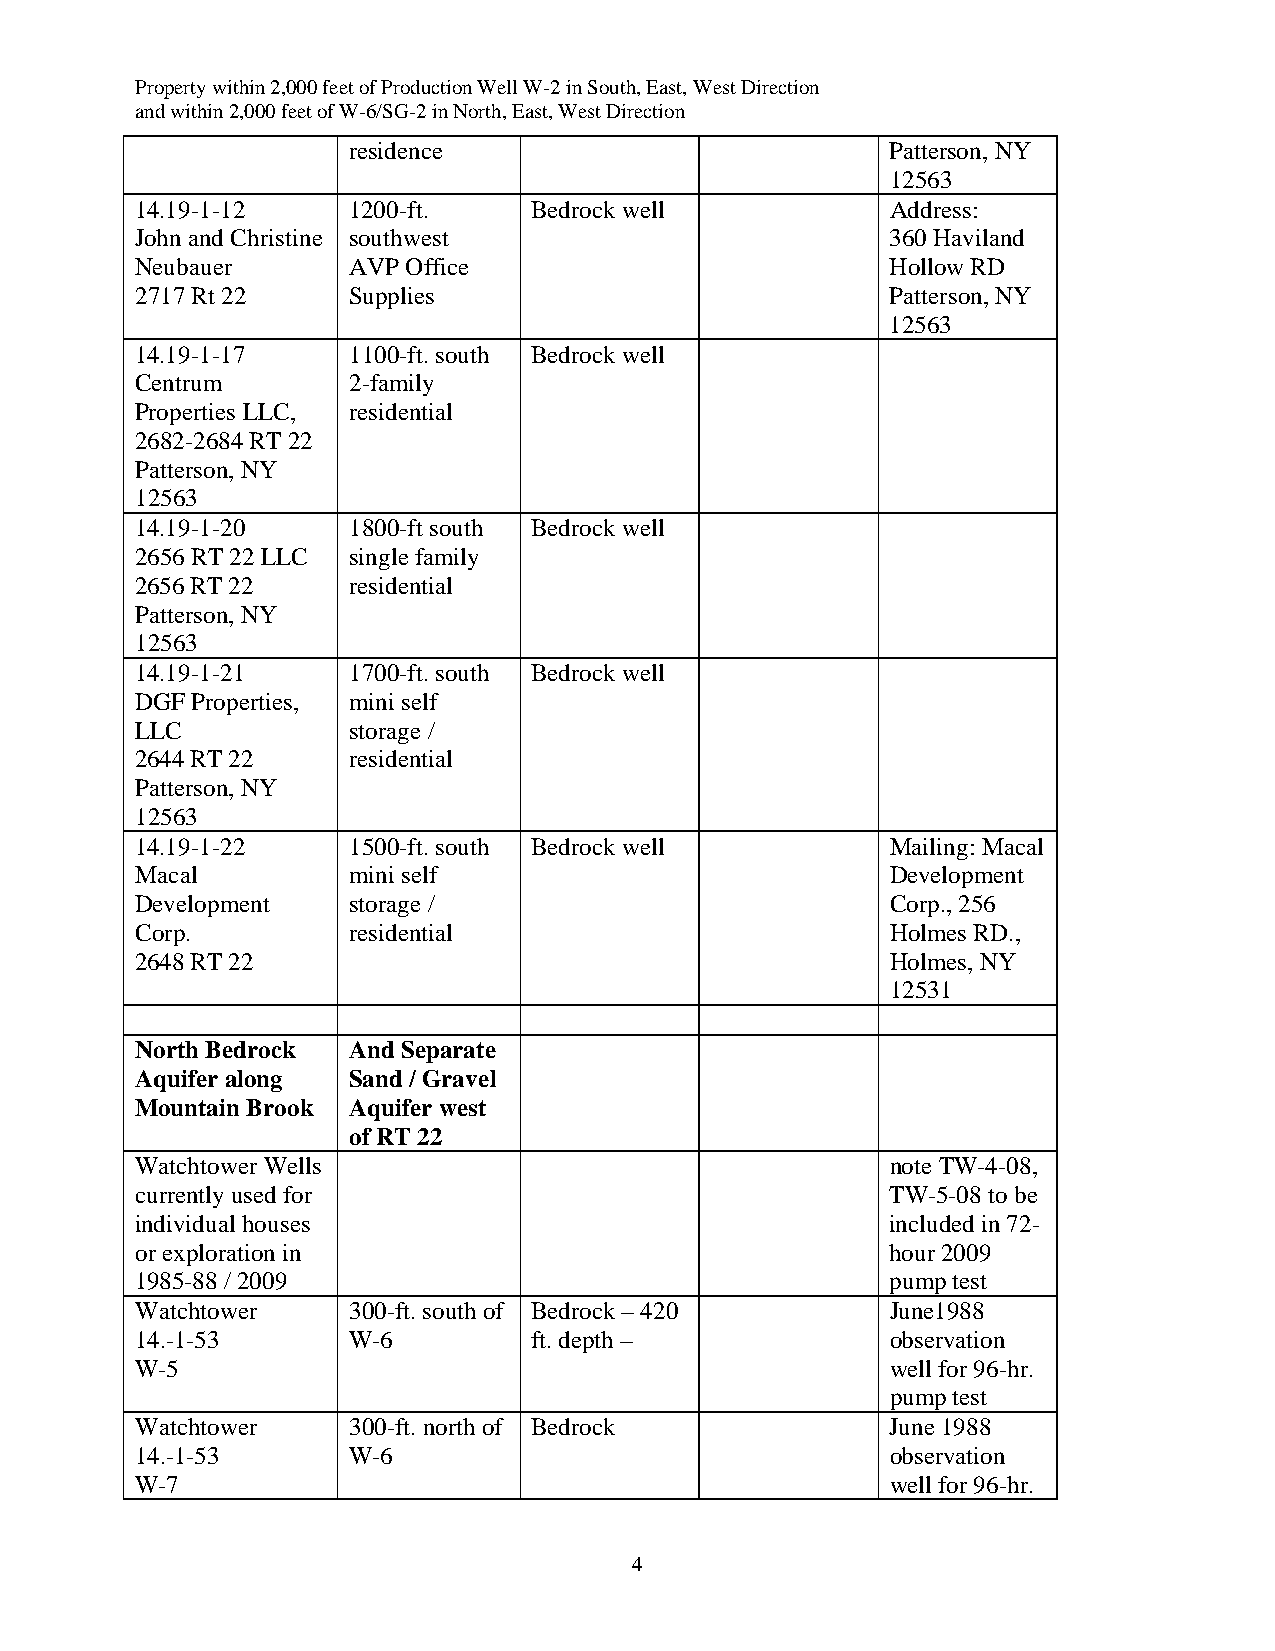
Property within 2,000 feet of Production Well W-2 in South, East, West Direction
 and within 2,000 feet of W-6/SG-2 in North, East, West Direction
 residence                           Patterson, NY
 12563
 14.19-1-12    1200-ft.    Bedrock well            Address:
 John and Christine southwest                      360 Haviland
 Neubauer      AVP Office                          Hollow RD
 2717 Rt 22    Supplies                            Patterson, NY
 12563
 14.19-1-17    1100-ft. south Bedrock well
 Centrum       2-family
 Properties LLC, residential
 2682-2684 RT 22
 Patterson, NY
 12563
 14.19-1-20    1800-ft south Bedrock well
 2656 RT 22 LLC single family
 2656 RT 22    residential
 Patterson, NY
 12563
 14.19-1-21    1700-ft. south Bedrock well
 DGF Properties, mini self
 LLC           storage /
 2644 RT 22    residential
 Patterson, NY
 12563
 14.19-1-22    1500-ft. south Bedrock well         Mailing: Macal
 Macal         mini self                           Development
 Development   storage /                           Corp., 256
 Corp.         residential                         Holmes RD.,
 2648 RT 22                                        Holmes, NY
 12531
 North Bedrock And Separate
 Aquifer along Sand / Gravel
 Mountain Brook Aquifer west
 of RT 22
 Watchtower Wells                                  note TW-4-08,
 currently used for                                TW-5-08 to be
 individual houses                                 included in 72-
 or exploration in                                 hour 2009
 1985-88 / 2009                                    pump test
 Watchtower    300-ft. south of Bedrock – 420      June1988
 14.-1-53      W-6         ft. depth –             observation
 W-5                                               well for 96-hr.
 pump test
 Watchtower    300-ft. north of Bedrock            June 1988
 14.-1-53      W-6                                 observation
 W-7                                               well for 96-hr.
 4